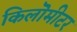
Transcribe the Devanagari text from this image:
किलॊमीटर